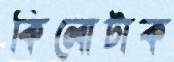
কিলোটাক